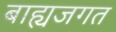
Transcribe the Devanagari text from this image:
बाह्यजगत